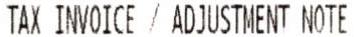
TAX INVOICE / ADJUSTMENT NOTE